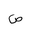
Letter: _sad